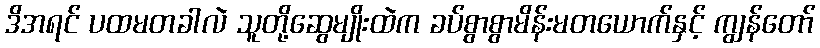
ဒိအရင် ပထမတခါလဲ သူတို့ဆွေမျိုးထဲက ခပ်စွာစွာမိန်းမတယောက်နှင့် ကျွန်တော်